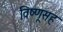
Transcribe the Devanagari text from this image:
विष्णूसह